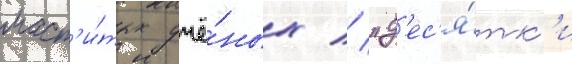
маст'и́тых учё́ных // "д'ес'я́тк'и